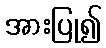
အားပြု၍